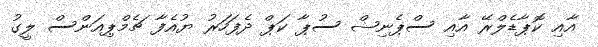
އާއި ކޮޕާޑެލްރޭ އާއި ސްޕެނިޝް ސުޕާ ކަޕް ދެފަހަރު ޔުއެފާ ޗެމްޕިއަންސް ލީގު